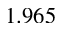
1 . 9 6 5